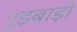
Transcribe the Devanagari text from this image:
गुड़बाड़ी